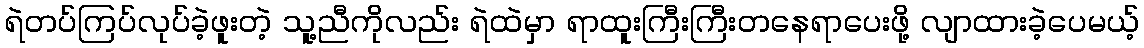
ရဲတပ်ကြပ်လုပ်ခဲ့ဖူးတဲ့ သူ့ညီကိုလည်း ရဲထဲမှာ ရာထူးကြီးကြီးတနေရာပေးဖို့ လျာထားခဲ့ပေမယ့်